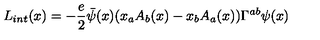
L _ { i n t } ( x ) = - \frac { e } { 2 } \bar { \psi } ( x ) ( x _ { a } A _ { b } ( x ) - x _ { b } A _ { a } ( x ) ) \Gamma ^ { a b } \psi ( x )